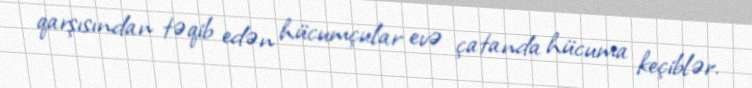
qarşısından təqib edən hücumçular evə çatanda hücuma keçiblər.